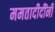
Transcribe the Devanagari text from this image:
ममतादीदींनी